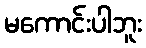
မကောင်းပါဘူး